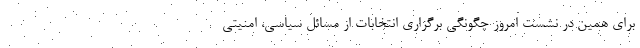
برای همین در نشست امروز چگونگی برگزاری انتخابات از مسائل سیاسی، امنیتی